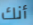
أنك